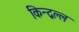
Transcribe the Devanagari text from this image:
किन्द्वल्ल